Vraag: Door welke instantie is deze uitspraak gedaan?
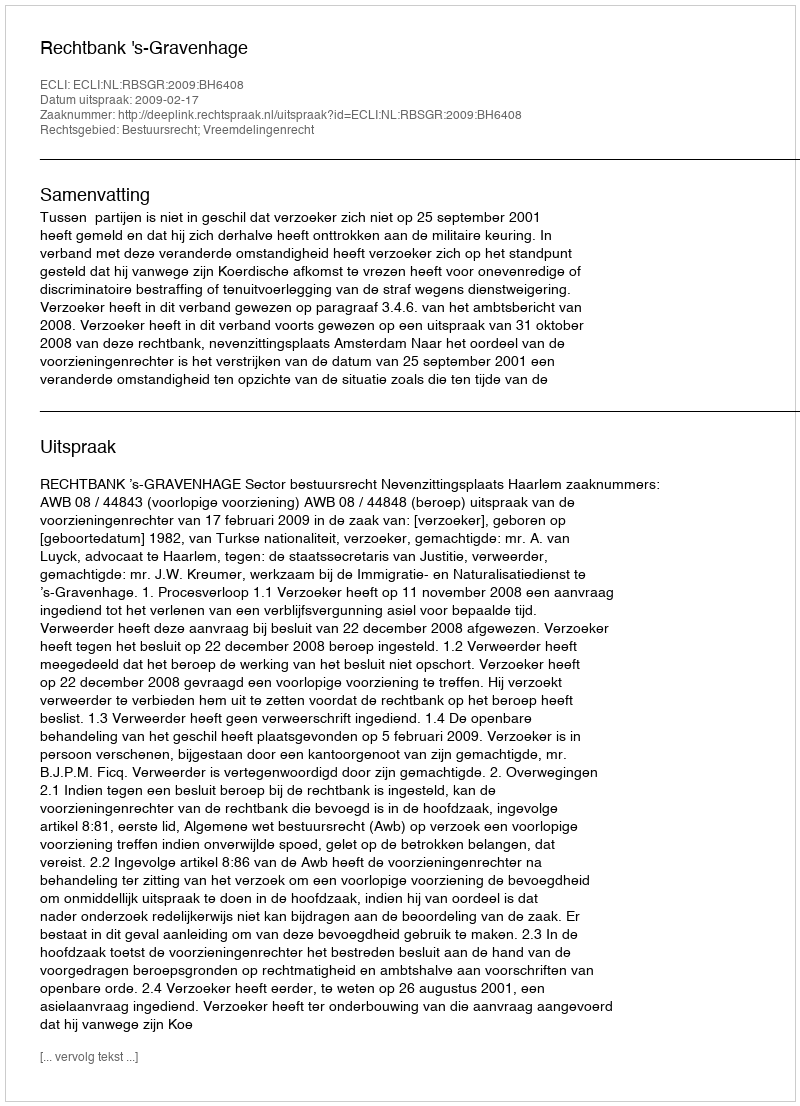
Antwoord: Rechtbank 's-Gravenhage